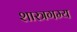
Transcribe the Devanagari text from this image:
शास्त्रगम्य